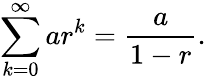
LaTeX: \sum_{k=0}^{\infty}ar^{k}={\frac{a}{1-r}}.